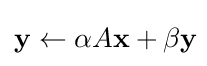
\mathbf {y} \leftarrow \alpha A\mathbf {x} +\beta \mathbf {y} \!